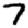
Digit: 7